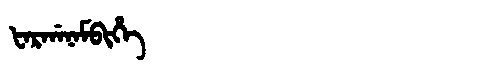
Manchu: ᡶᠠᡵᡤᠠᠨᠠᠮᠪᡳᡥᡝ
Romanization: FARGANAMBIHE